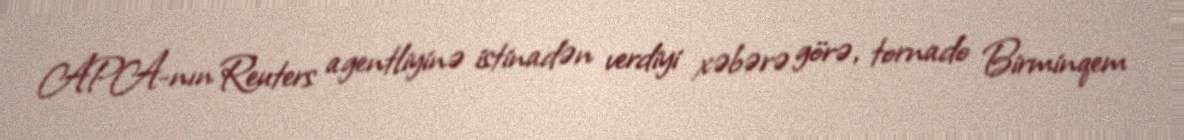
APA-nın Reuters agentliyinə istinadən verdiyi xəbərə görə, tornado Birminqem